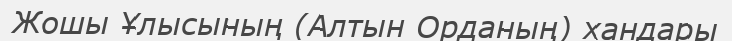
Жошы Ұлысының (Алтын Орданың) хандары